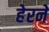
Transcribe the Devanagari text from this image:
हेरने